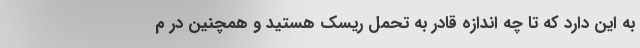
به این دارد که تا چه اندازه قادر به تحمل ریسک هستید و همچنین در م